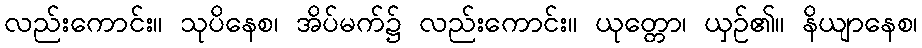
လည်းကောင်း။ သုပိနေစ၊ အိပ်မက်၌ လည်းကောင်း။ ယုတ္တော၊ ယှဉ်၏။ နိယျာနေစ၊